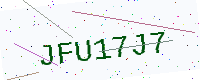
Text: JFU17J7